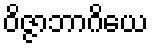
ဝိဇ္ဇာဘာဂိယေ